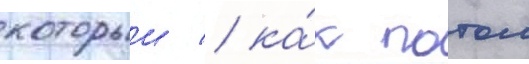
которыи / ка́к потом